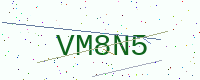
Text: VM8N5